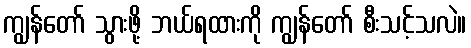
ကျွန်တော် သွားဖို့ ဘယ်ရထားကို ကျွန်တော် စီးသင့်သလဲ။